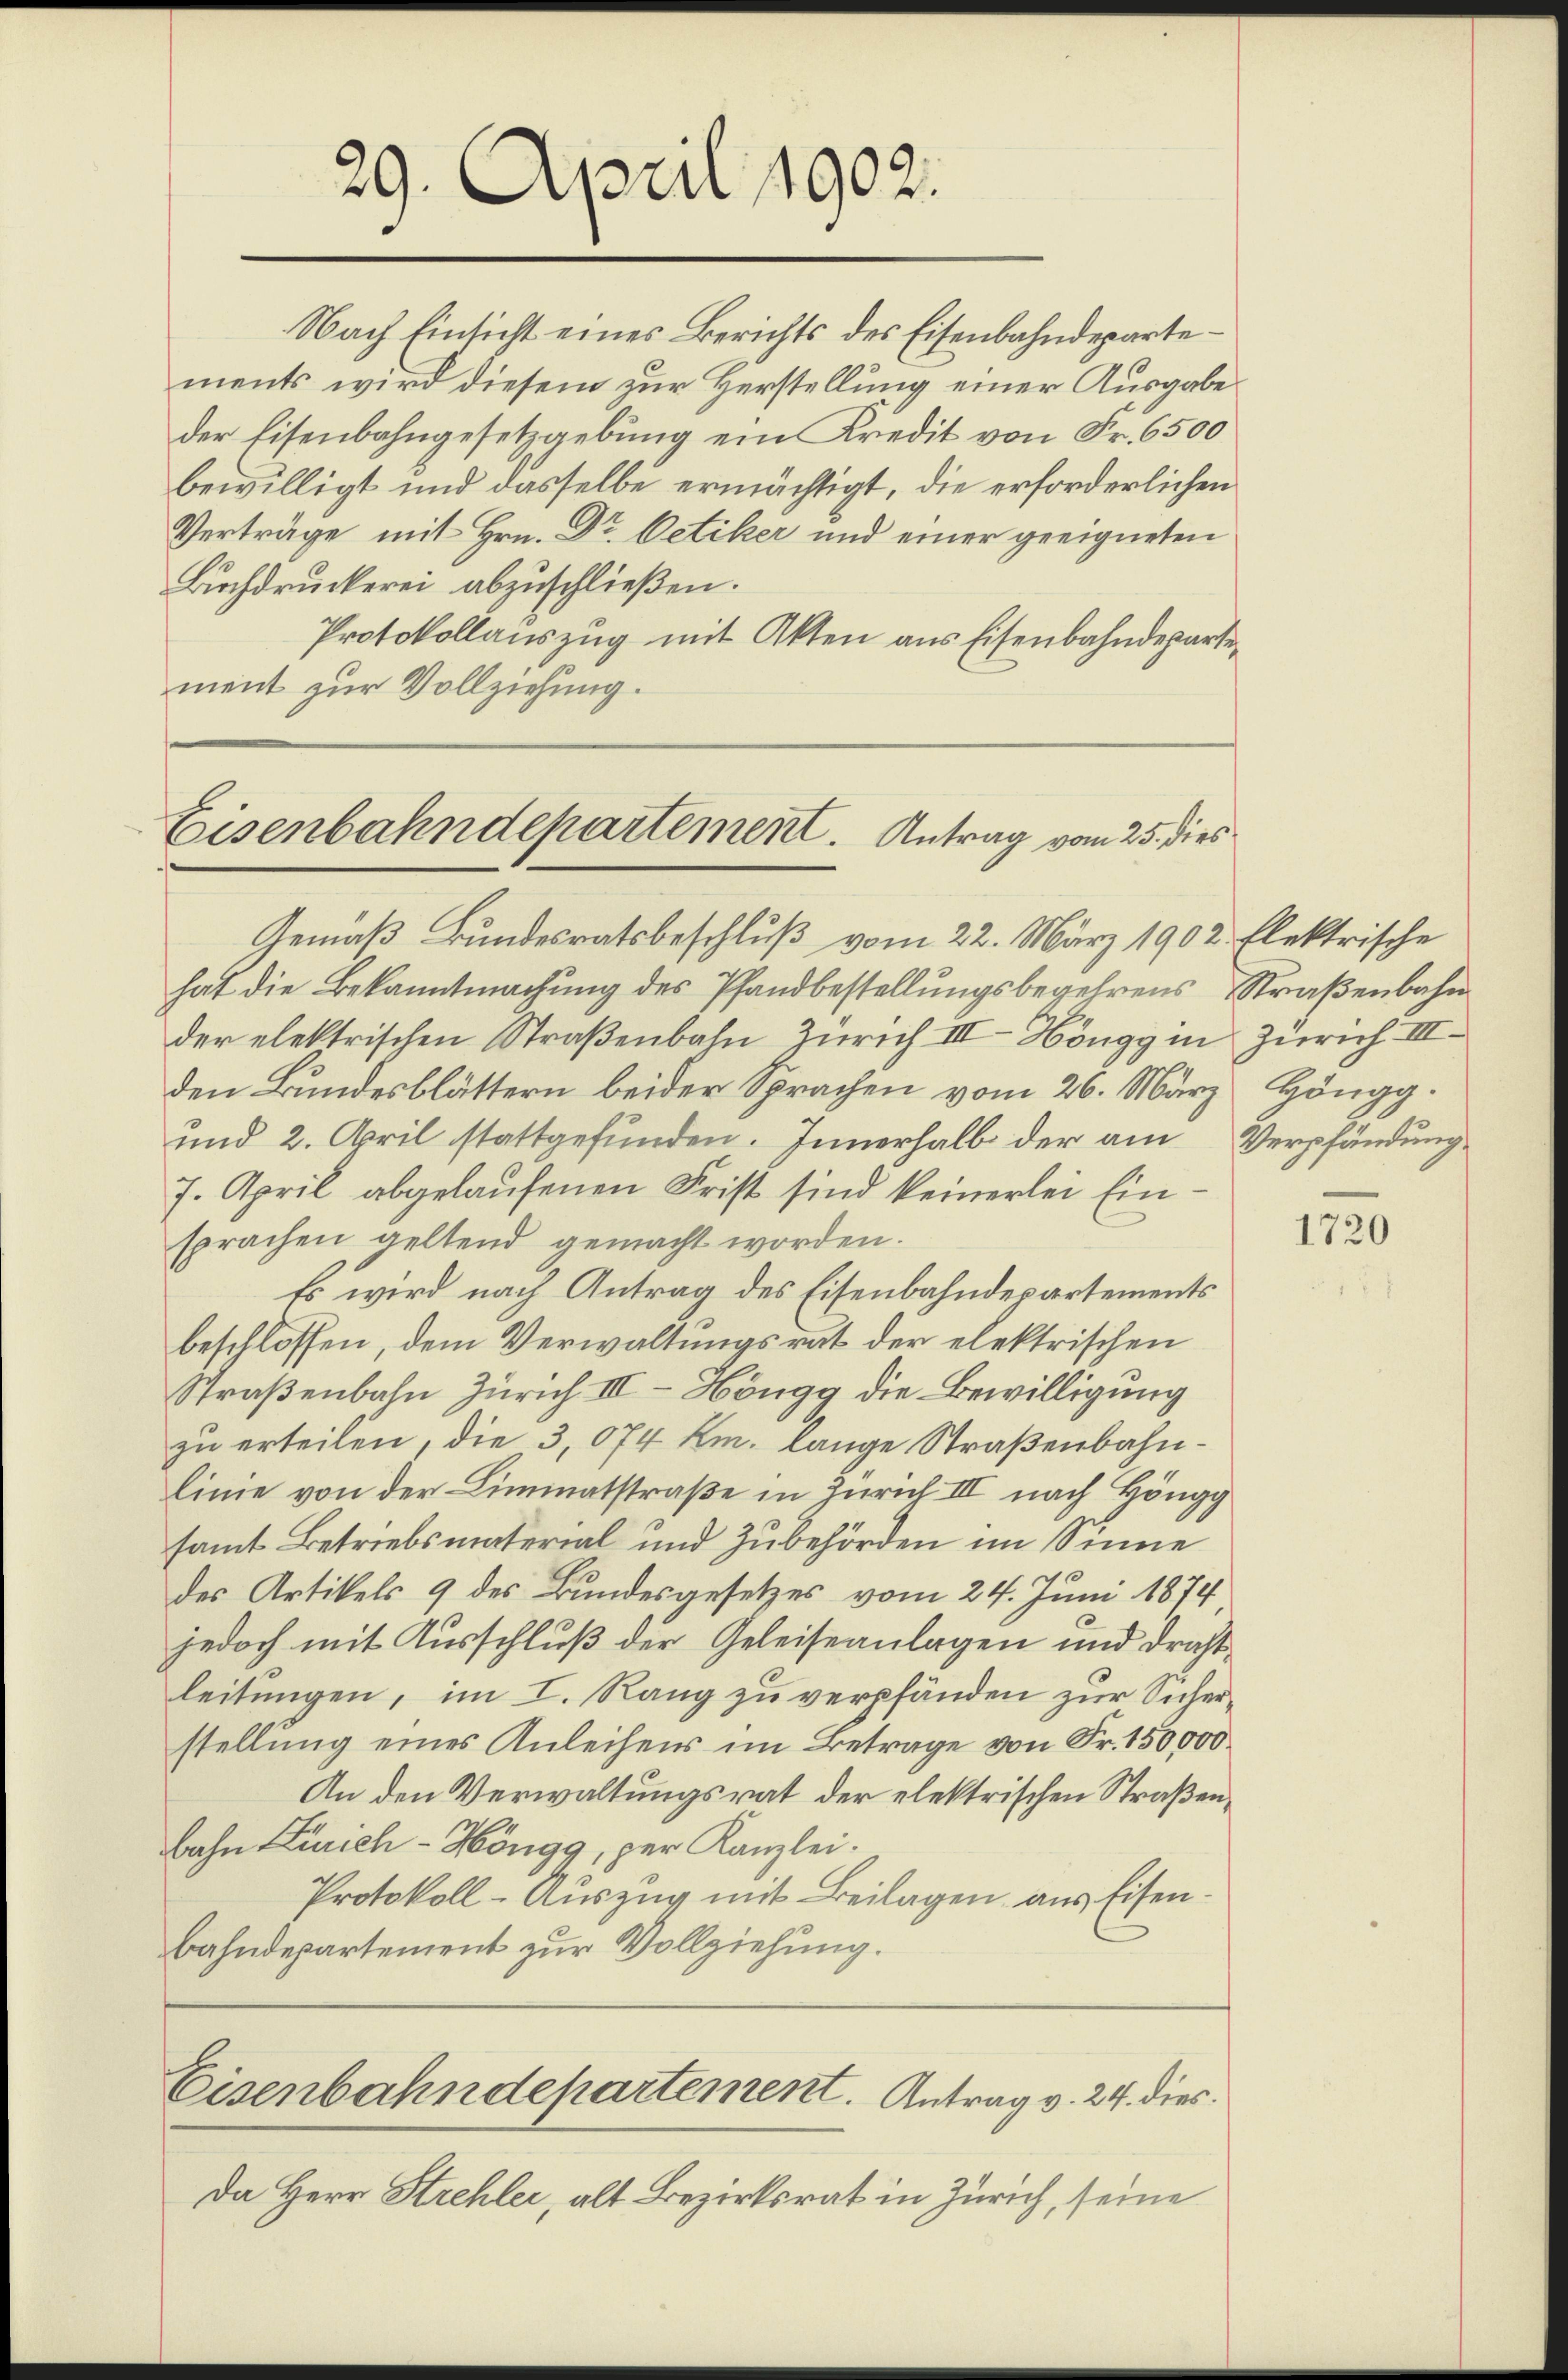
29. April 1902.

Nach Einsicht eines Berichts des Eisenbahndepartements wird diesem zur Herstellung einer Ausgabe
der Eisenbahngesetzgebung ein Kredit von Fr. 6500
bewilligt und dasselbe ermächtigt, die erforderlichen
Verträge mit Hrn. Dr. Oetiker und einer geeigneten
Buchdruckerei abzuschließen.
Protokollauszug mit Akten aus Eisenbahndepartement zur Vollziehung.

Eisenbahndepartement. Antrag vom 25. dies

Eisenbahndepartement. Antrag v. 24. dies

Gemäß Bundesratsbeschluß vom 22. März 1902 Elektrische
hat die Bekanntmachung des Pfandbestellungsbegehrens Straßenbahn
der elektrischen Straßenbahn Zürich III Höngg in Zürich. III
den Bundesblättern beider Sprachen vom 26. März Höngg.
und 2. April stattgefunden. Innerhalb der am Verpfändung
7. April abgelaufenen Frist sind keinerlei Einsprachen geltend gemacht worden.
Es wird nach Antrag des Eisenbahndepartements
beschlossen, dem Verwaltungsrat der elektrischen
Straßenbahn Zürich III - Höngg die Bewilligung
zu erteilen, die 3,074 Km. lange Straßenbahnlinie von der Limmatstraße in Zürich III nach Höngg
samt Betriebsmaterial und Zubehörden im Sinne
des Artikels 9 des Bundesgesetzes vom 24. Juni 1874
jedoch mit Ausschluß der Geleiseanlagen und Draht
leitungen, im I. Rang zu verpfänden zur Sicherstellung eines Anleihens im Betrage von Fr. 150,000
An den Verwaltungsrat der elektrischen Straßenbahn Zürich - Höngg, per Kanzlei.
Protokoll-Auszug mit Beilagen aus Eisenbahndepartement zur Vollziehung.

Da Herr Strehler, alt Bezirksrat in Zürich, seine

1720